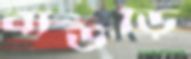
বাউড়ি